Vabadussoja_Ajaloo_Komitee, lk 6
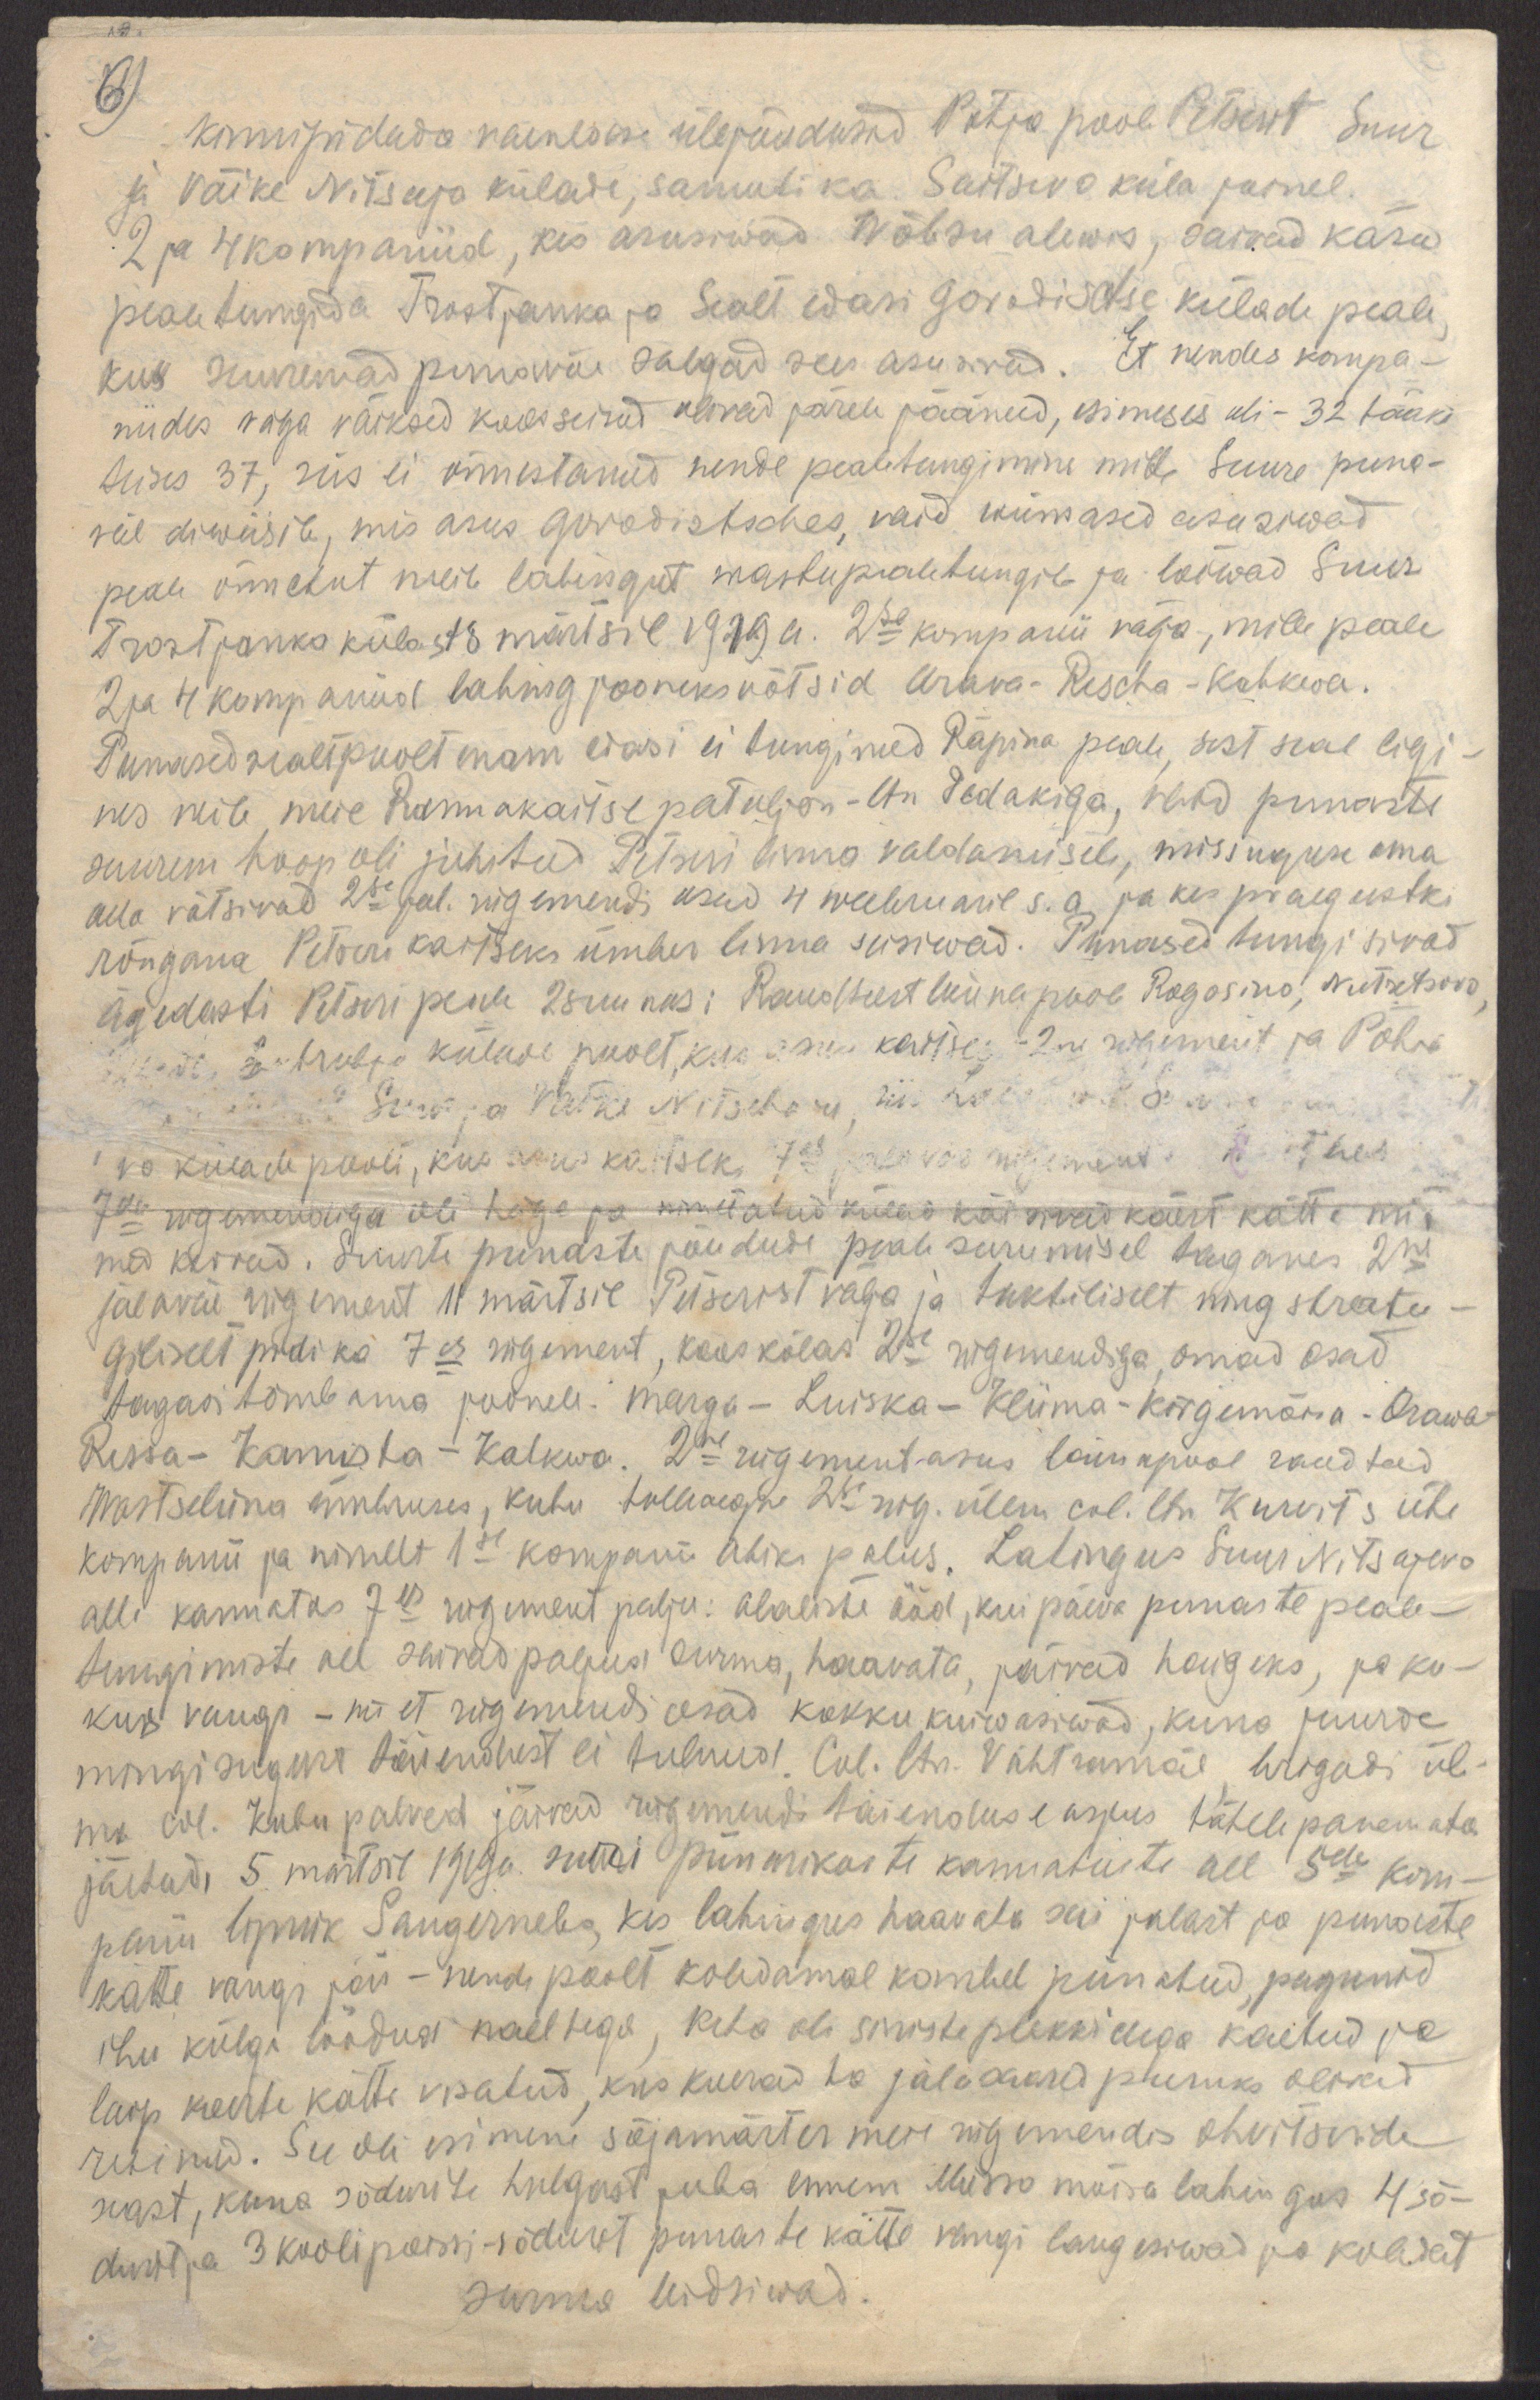
6)
kinnipidada vaenlase ülejõudusid Põhja poole Petserit Suur
ja Väike Nitseeja külade, samuti ka Saitsevo küla joonel.
2 ja 4 kompaniid, kes asusiwad Wõbsu alewis, saivad käsu
pealetungida Trostjanka ja Sealt edasi Gorodisctse külade peale
kus suuremad punawäe salgad sees asusivad. Et nendes kompa-
niides väga väiksed koosseisud oliwad järele jäänud, esimeses oli - 32 tääki,
teises 37, siis ei õnnestanud nende pealetungimine mitte Suure puna-
väe diwisiile, mis asus Gorodistsches, vaid wiimased asusiwad
peale õnnetut meie lahingut wastupealetungile ja lõiwad Suur
Trostjanka külast 8 märtsil 1919 a. 2se kompanii välja, mille peale
2 ja 4 kompaniid lahingjooneks võtsid Orava-Rescha-Kahkwa.
Punased sealtpoolt enam edasi ei tunginud Räpina peale, sest seal ligi-
nes neile meie Rannakaitsepataljon - ltn Pedakiga, vaid punaste
suurem hoop oli juhitud Petseri linna valdamisele, missuguse oma
alla võtsivad 2se jal. rügemendi osad 4 weebruaril s.a ja kes praegustki
rõngana Petseri kaitseks ümber linna seisiwad. Punased tungisivad
ägedasti Petseri peale 2 suunas: Raudteest lõunapoole Rogosino, Nutretsovo
2. trubri külade poolt, kus asus kaitses - 2ne rügement ja Põhja
Suur ja Väike Nitschaev, siis pole v.l. õ.
"va külade poolt, kus asus kaitseks 7es jalaväe rügement h. 7 heis
7da rügemendiga oli häge ja nimetatud külad käisivad käest kätte mit-
med korrad. Suurte punaste jõudude peale surumisel taganes 2ne
jalaväe rügement 11 märtsil Petserist välja ja taktiliselt ning stratee-
giliselt pidi ka 7es rügement, kooskõlas 2se rügemendiga, omad osad
tagasi tõmbama joonele: Marga - Luiska - Kliima - Kõrgemõisa - Orawa -
Rissa - Kamista - Kahkwa. 2ne rügement asus lõunapool raudteed
Wastseliina ümbruses, kuhu tolleaegne 2se rüg. ülem col. ltn. Kurvits ühe
kompanii ja nimelt 1se kompanii abiks palus. Lahingus Suur Nitsajevo
all kannatas 7es rügement palju: alaliste ööd, kui päeva punaste peale-
tungimiste all saiwad paljud surma, haavata, jäivad haigeks, ja ku-
kus vangi - nii et rügemendi osad kokku kuiwasiwad, kuna juurde
mingisugust täiendust ei tulnud. Col. ltn. Vahtramäe brigadi üle-
ma col. Kubu palved jäivad rügemendi täienduse asjus tähelepanemata
jäetud, 5. märtsil 1919a. suri piinarikaste kannatuste all 5de kom-
panii lipnik Sangernebo, kes lahingus haavata sai jalast ja punaste
kätte vangi jäi - nende poolt koledamal kombel piinatud, pagunad
ihu külge löödud naeltega, keha oli siniste plekkidega kaetud ja
laip koerte kätte visatud, kus koerad ka jalasaared puruks olivad
rebinud. See oli esimene sõjamärter meie rügemendis ohvitseride
seast, kuna sõdurite hulgast juba ennem Misso mõisa lahingus 4 sõ-
durit ja 3 koolipoissi - sõdurit punaste kätte vangi langesiwad ja koledat
surma leidsiwad.